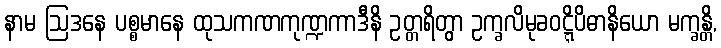
နာမ ဩဒနေ ပစ္စမာနေ ထုသကဏကုဏ္ဍကာဒီနိ ဥတ္တရိတွာ ဥက္ခလိမုခဝဋ္ဋိပိဓာနိယော မက္ခန္တိ,